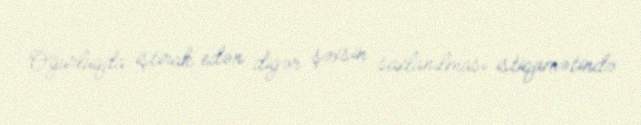
Oğurluqda iştirak edən digər şəxsin saxlanılması istiqamətində